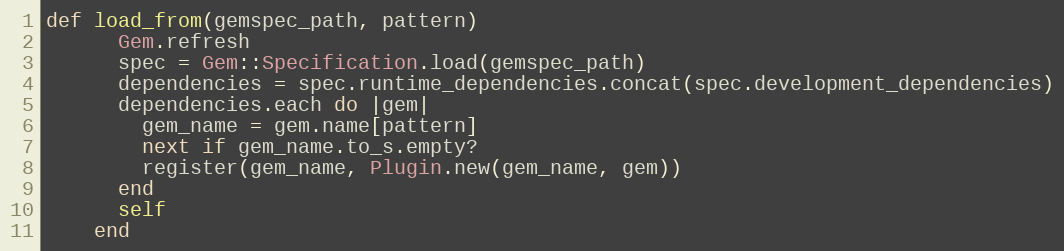
Language: Ruby
def load_from(gemspec_path, pattern)
      Gem.refresh
      spec = Gem::Specification.load(gemspec_path)
      dependencies = spec.runtime_dependencies.concat(spec.development_dependencies)
      dependencies.each do |gem|
        gem_name = gem.name[pattern]
        next if gem_name.to_s.empty?
        register(gem_name, Plugin.new(gem_name, gem))
      end
      self
    end